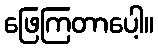
ဖြေကြတာပေါ့။